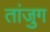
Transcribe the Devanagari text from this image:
तांजुग